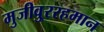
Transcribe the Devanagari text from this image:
मुजीवु्ररहमान